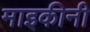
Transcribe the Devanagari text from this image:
माइकीनी